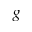
g